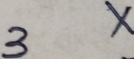
3 x